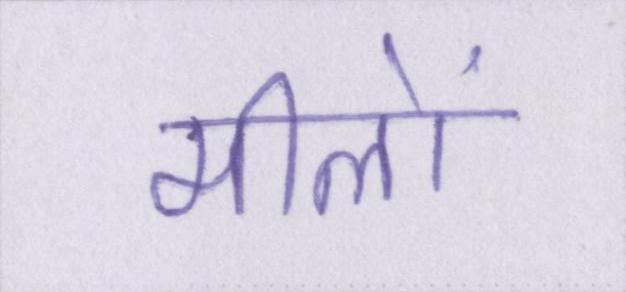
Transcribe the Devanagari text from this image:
मीलों